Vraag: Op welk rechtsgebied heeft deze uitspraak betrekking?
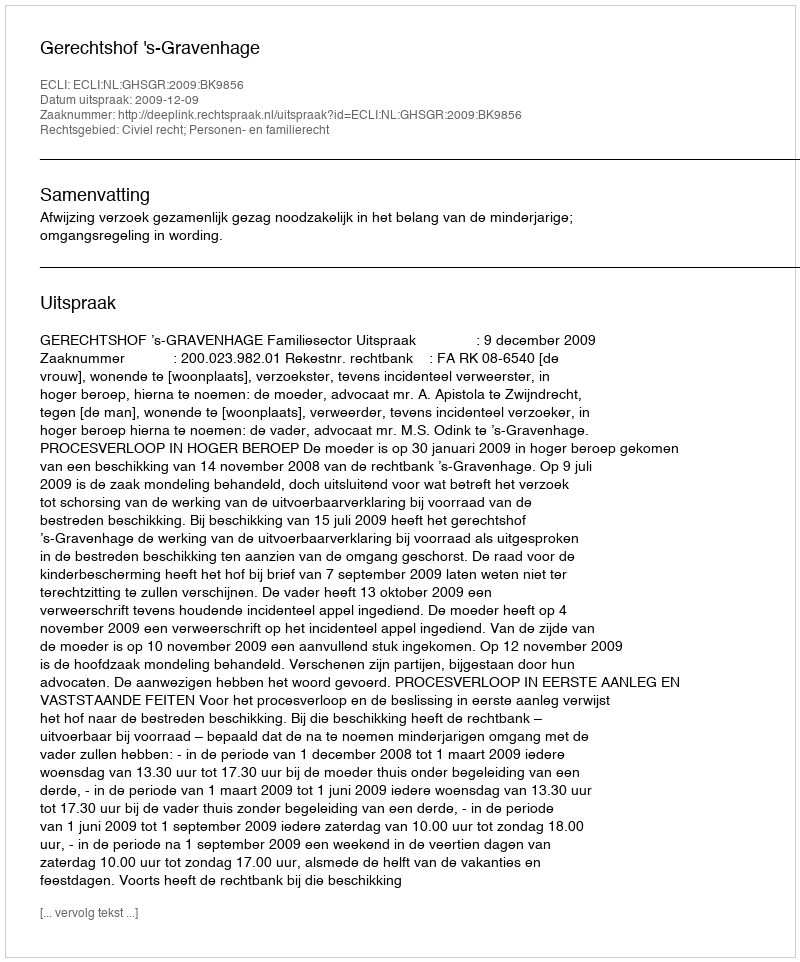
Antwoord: Civiel recht; Personen- en familierecht